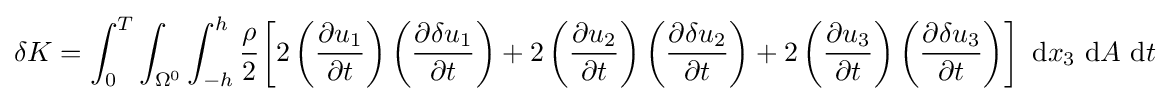
\delta K=\int _{0}^{T}\int _{\Omega ^{0}}\int _{-h}^{h}{\cfrac {\rho }{2}}\left[2\left({\frac {\partial u_{1}}{\partial t}}\right)\left({\frac {\partial \delta u_{1}}{\partial t}}\right)+2\left({\frac {\partial u_{2}}{\partial t}}\right)\left({\frac {\partial \delta u_{2}}{\partial t}}\right)+2\left({\frac {\partial u_{3}}{\partial t}}\right)\left({\frac {\partial \delta u_{3}}{\partial t}}\right)\right]~\mathrm {d} x_{3}~\mathrm {d} A~\mathrm {d} t